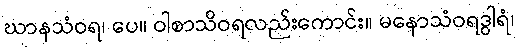
ဃာနသံဝရ၊ ပေ။ ဝါစာသိဝရလည်းကောင်း။ မနောသံဝရဒွါရံ၊